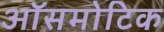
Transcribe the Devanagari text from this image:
ऑसमोटिक